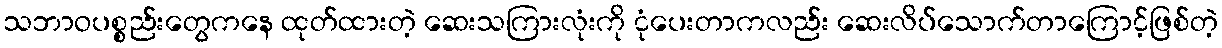
သဘာဝပစ္စည်းတွေကနေ ထုတ်ထားတဲ့ ဆေးသကြားလုံးကို ငုံပေးတာကလည်း ဆေးလိပ်သောက်တာကြောင့်ဖြစ်တဲ့